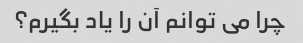
چرا می توانم آن را یاد بگیرم؟